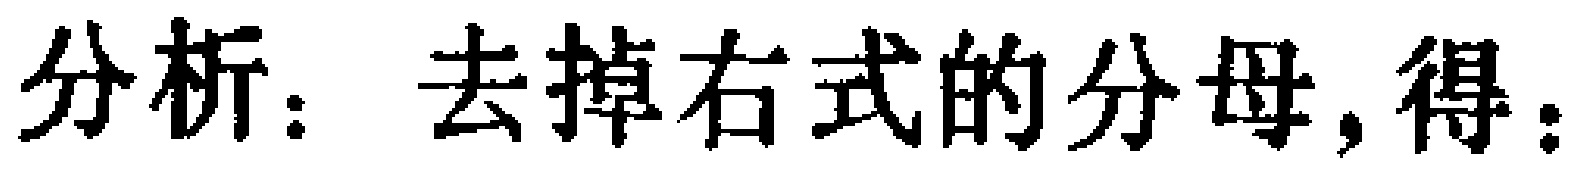
分析：去掉右式的分母,得：